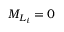
{ M } _ { { L } _ { i } } = 0